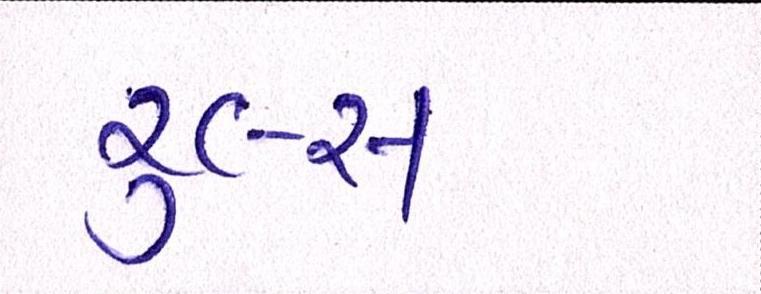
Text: રૂલ્સ